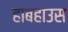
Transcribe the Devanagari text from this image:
हाबहाउस